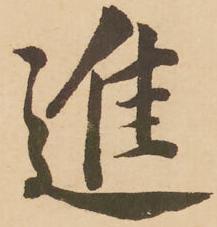
進